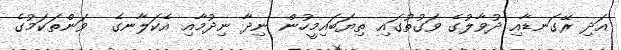
އަދި ރޭގަނޑާއި ދުވާލުގެ ވަގުތުގައި ތިޔަބައިމީހުން ނިދާ ނިދުމާއި އެކަލާނގެ  ވަންތަކަމުގެ